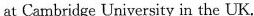
at Cambridge University in the UK.